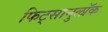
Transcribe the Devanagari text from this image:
फिट्सानुलॉक